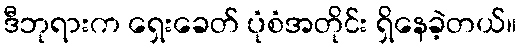
ဒီဘုရားက ရှေးခေတ် ပုံစံအတိုင်း ရှိနေခဲ့တယ်။